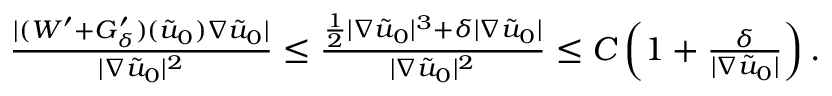
\begin{array} { r } { \frac { | ( W ^ { \prime } + G _ { \delta } ^ { \prime } ) ( \tilde { u } _ { 0 } ) \nabla \tilde { u } _ { 0 } | } { | \nabla \tilde { u } _ { 0 } | ^ { 2 } } \leq \frac { \frac { 1 } { 2 } | \nabla \tilde { u } _ { 0 } | ^ { 3 } + \delta | \nabla \tilde { u } _ { 0 } | } { | \nabla \tilde { u } _ { 0 } | ^ { 2 } } \leq C \left( 1 + \frac { \delta } { | \nabla \tilde { u } _ { 0 } | } \right) . } \end{array}